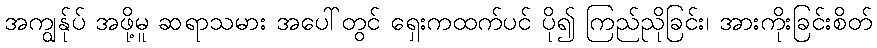
အကျွန်ုပ် အဖို့မူ ဆရာသမား အပေါ်တွင် ရှေးကထက်ပင် ပို၍ ကြည်ညိုခြင်း၊ အားကိုးခြင်းစိတ်